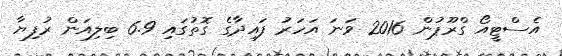
އެސްޓީއޯ ގްރޫޕުން 2016 ވަނަ އަހަރު ފައިދާގެ ގޮތުގައި 6.9 ބިލިއަން ރުފިޔާ